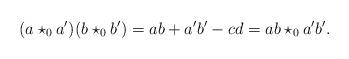
LaTeX: \begin{align*}(a\star_0 a')(b\star_0 b') = ab + a'b' - cd = ab \star_0 a'b'.\end{align*}